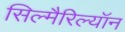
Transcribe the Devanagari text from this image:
सिल्मैरिल्यॉन